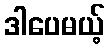
ဒါပေမယ့်